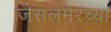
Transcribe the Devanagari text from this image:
जैसलमेरच्या